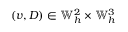
( v , D ) \in \mathbb { W } _ { h } ^ { 2 } \times \mathbb { W } _ { h } ^ { 3 }